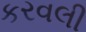
કરવલી